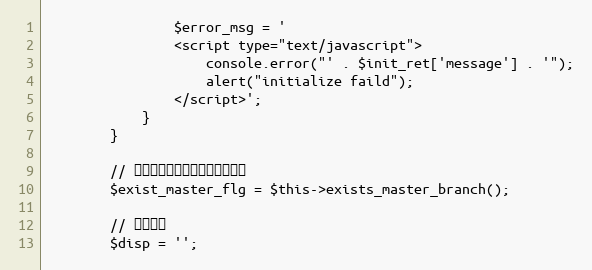
Language: PHP
				$error_msg = '
				<script type="text/javascript">
					console.error("' . $init_ret['message'] . '");
					alert("initialize faild");
				</script>';
			}
		}

		// マスタブランチの存在チェック
		$exist_master_flg = $this->exists_master_branch();

		// 画面表示
		$disp = '';